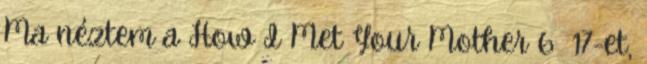
Ma néztem a How I Met Your Mother 6 17-et,